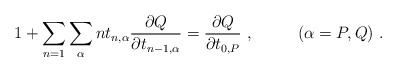
\begin{align*}1+\sum_{n=1}\sum_{\alpha} nt_{n,\alpha}\frac{\partial Q}{\partial t_{n-1,\alpha}}=\frac{\partial Q}{\partial t_{0,P}}~,~~~~~~~~(\alpha=P,Q)~.\end{align*}